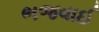
ભજવાઈ